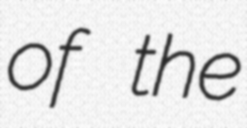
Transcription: of the